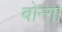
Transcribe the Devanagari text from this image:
बोन्‍गा